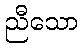
ညီသော